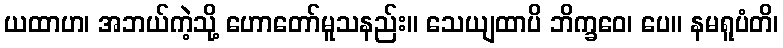
ယထာဟ၊ အဘယ်ကဲ့သို့ ဟောတော်မူသနည်း။ သေယျထာပိ ဘိက္ခဝေ၊ ပေ။ နမရူပံတိ၊